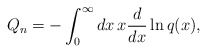
\begin{align*}Q_n=-\int_0^\infty dx\,x{d\over dx}\ln q(x),\end{align*}